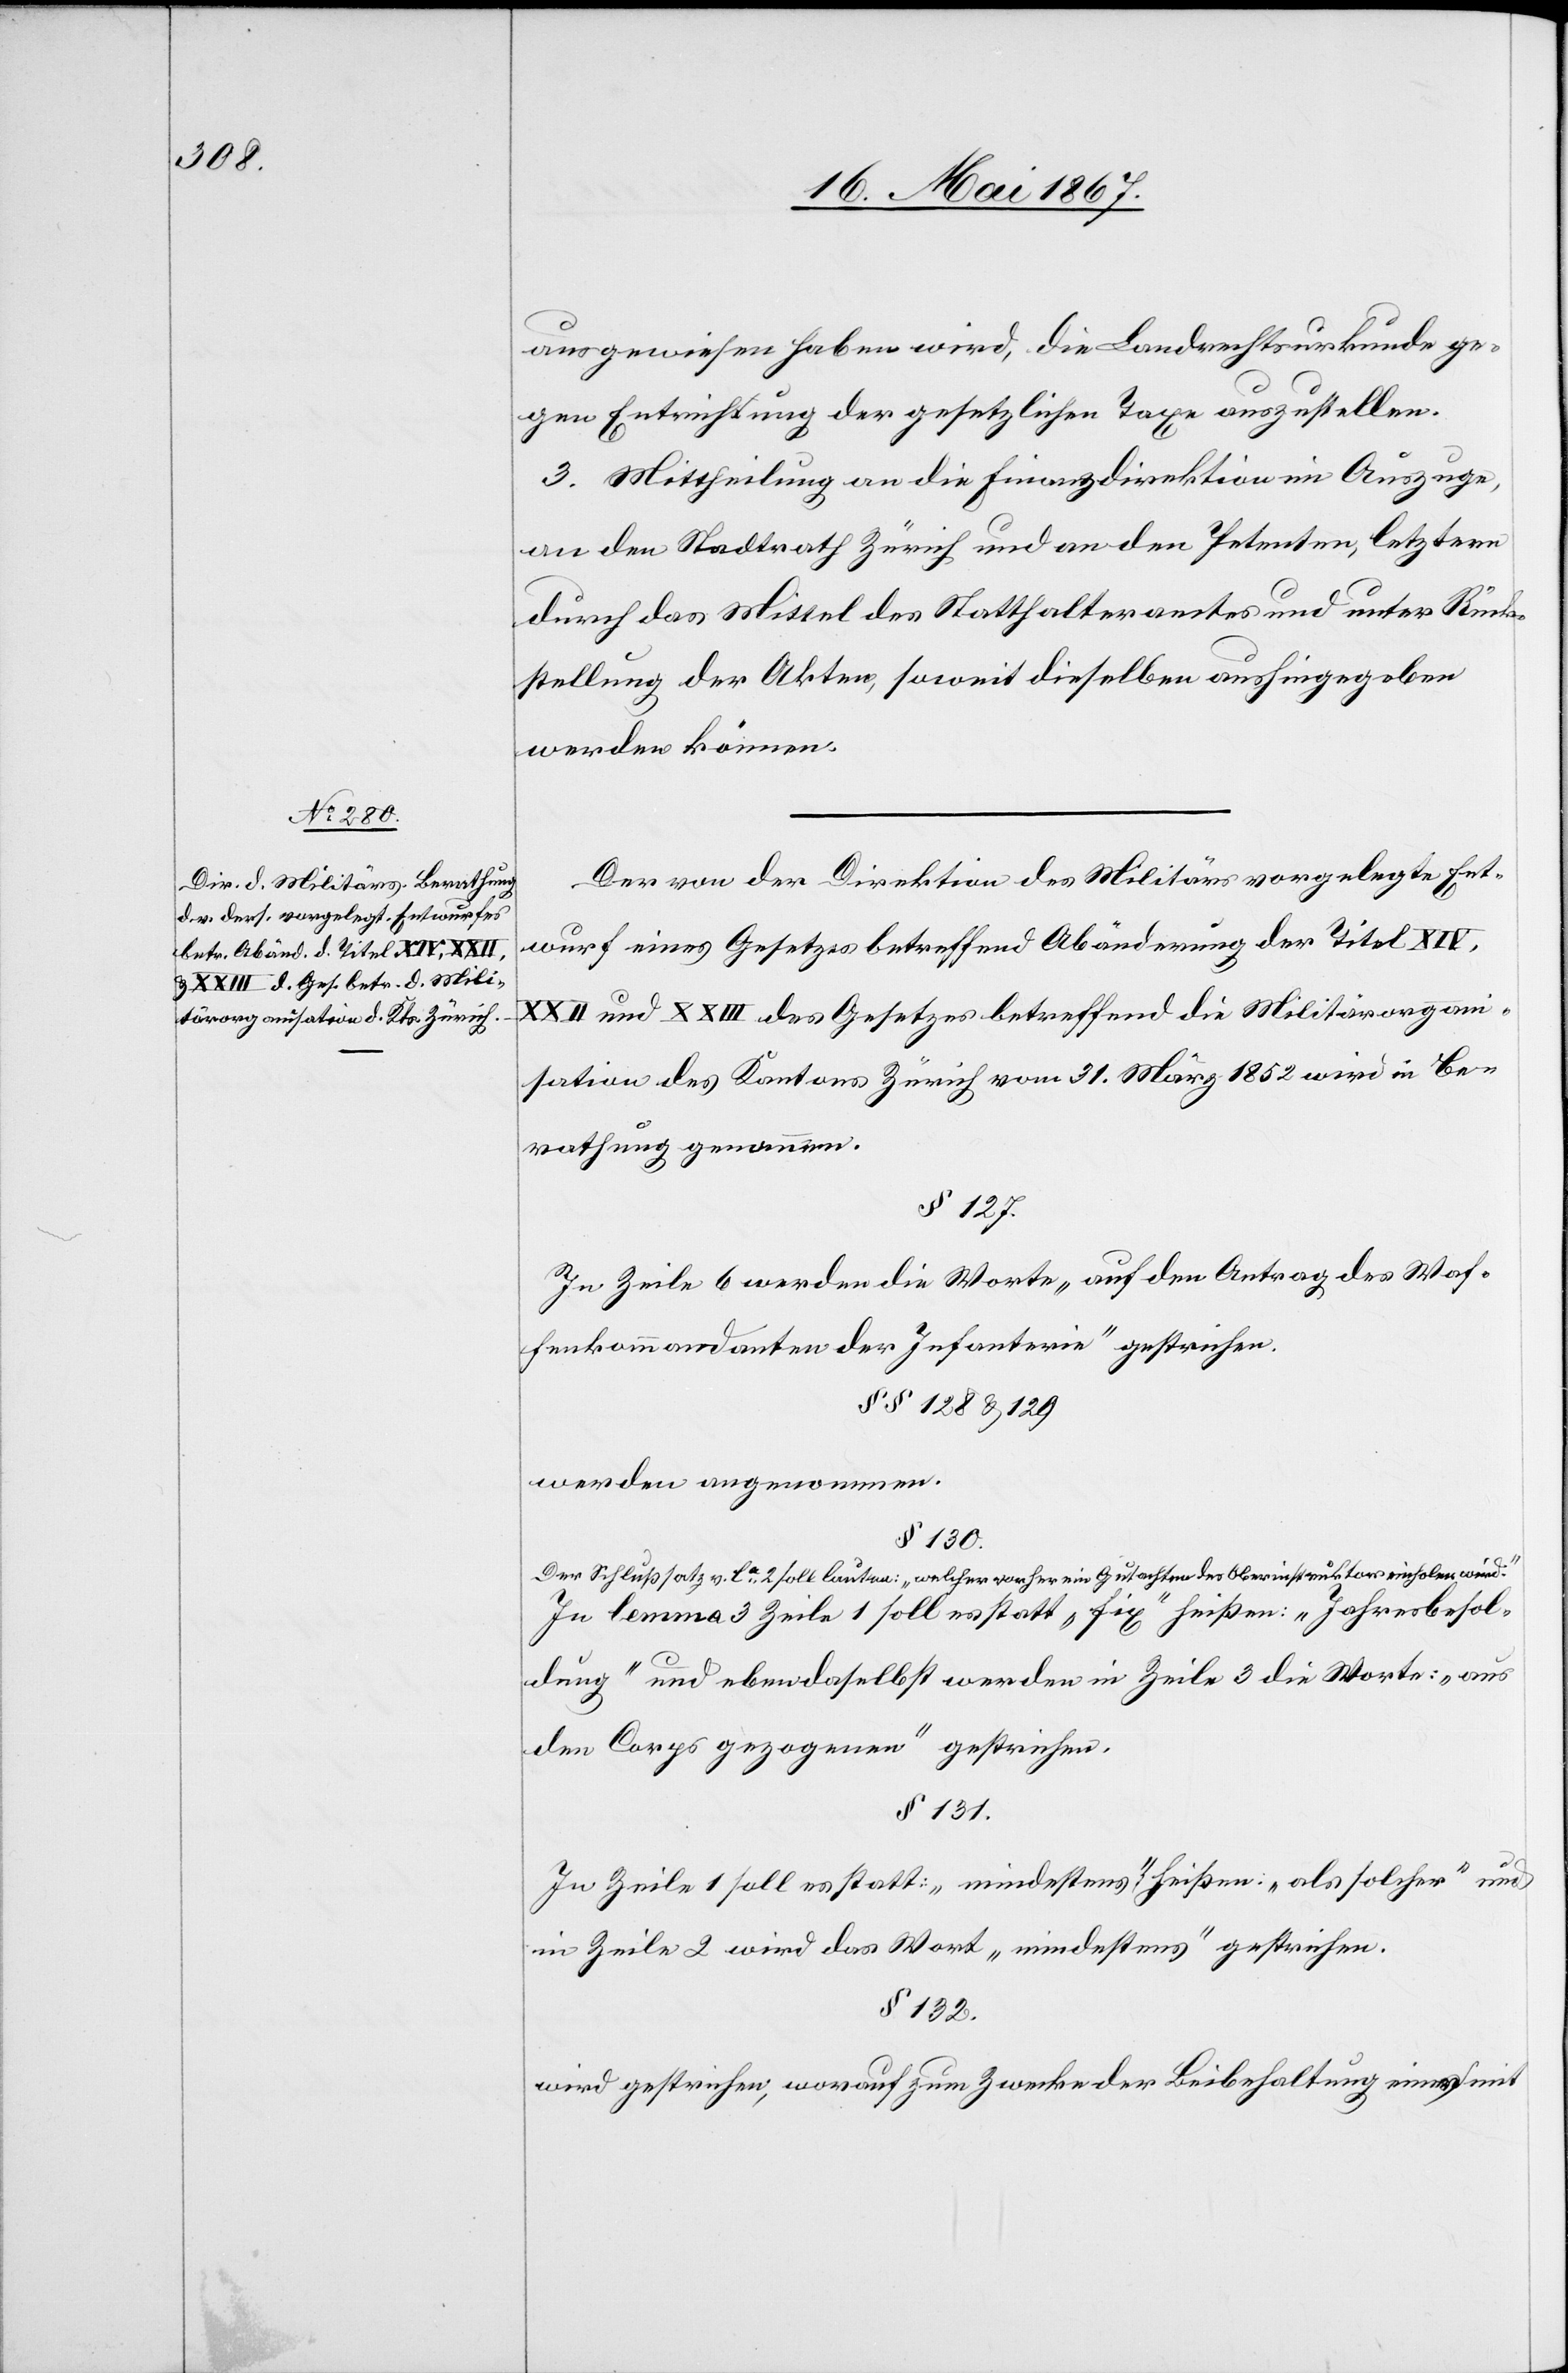
ausgewiesen haben wird, die Landrechtsurkunde ge¬
gen Entrichtung der gesetzlichen Taxe auszustellen.
3. Mittheilung an die Finanzdirektion im Auszuge,
an den Stadtrath Zürich und an den Petenten, letztern
durch das Mittel des Statthalteramtes und unter Rück¬
stellung der Akten, soweit dieselben aushingegeben
werden können.
Der von der Direktion des Militärs vorgelegte Ent¬
wurf eines Gesetzes betreffend Abänderung der Titel XIV,
XXII und XXIII des Gesetzes betreffend die Militärorgan¬
isation des Kantons Zürich vom 31. März 1852 wird in Be¬
rathung genommen.
§ 127.
In Zeile 6 werden die Worte „auf den Antrag des Waf¬
fenkommandanten der Infanterie“ gestrichen.
§§ 128 u. 129
werden angenommen.
§ 130.
Der Schlußsatz v. la 2 soll lauten: „welcher vorher ein Gutachten des Oberinstruktors einholen wird.“
In lemma 3 Zeile 1 soll es statt „fix“ heißen: „Jahresbesol¬
dung“ und ebendaselbst werden in Zeile 3 die Worte: „aus
den Corps gezogen“ gestrichen.
§ 131.
In Zeile 1 soll es statt: „mindestens“ heißen: „als solcher“ und
in Zeile 2 wird das Wort „mindestens“ gestrichen.
§ 132.
wird gestrichen, worauf zum Zwecke der Beibehaltung einer mit